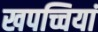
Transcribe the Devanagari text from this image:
खपच्चियां